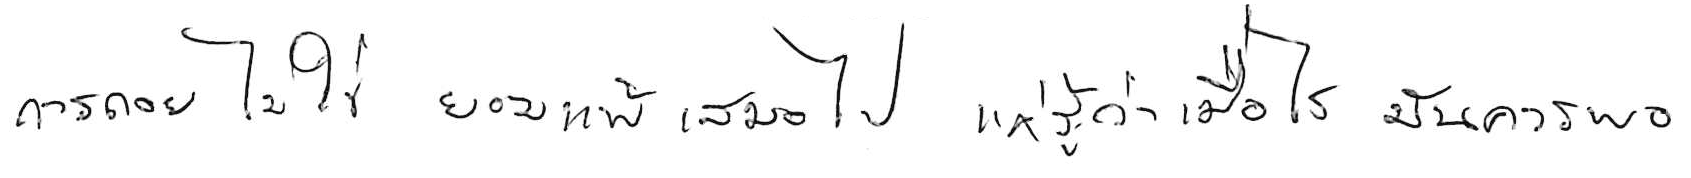
การถอย ไม่ใช่ยอมแพ้ เสมอไป แค่รู้ว่าเมื่อไหร่ มันควรพอ